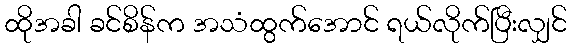
ထိုအခါ ခင်စိန်က အသံထွက်အောင် ရယ်လိုက်ပြီးလျှင်